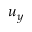
u _ { y }